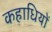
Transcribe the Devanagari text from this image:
कहाधियों